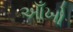
આઁખો